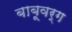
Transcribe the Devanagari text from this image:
बाबूवर्ग